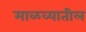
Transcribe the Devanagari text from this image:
माळव्यातील